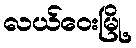
လယ်ဝေးမြို့